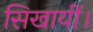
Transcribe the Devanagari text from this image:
सिखायीं।